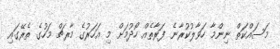
މަސައްކަތް ނިންމާ ހަވާލުކުރާނެ ފަރާތެެއް ހޯދުމަށް މި އަހަރުގެ މާރޗް މަހުގެ ތެރޭގައި